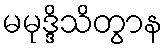
မမုဒ္ဒိသိတွာန